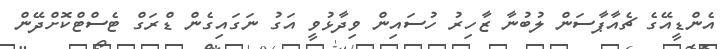
އެންޑީއޭގެ ޗެއާޕާސަން ލުބުނާ ޒާހިރު ހުސައިން ވިދާޅުވީ އަގު ނަގައިގެން ޑްރަގް ޓެސްޓްކޮށްދޭން